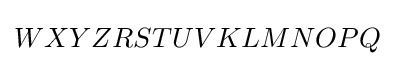
WXYZRSTUVKLMNOPQ